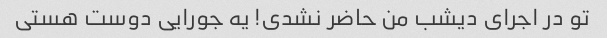
تو در اجرای دیشب من حاضر نشدی! یه جورایی دوست هستی